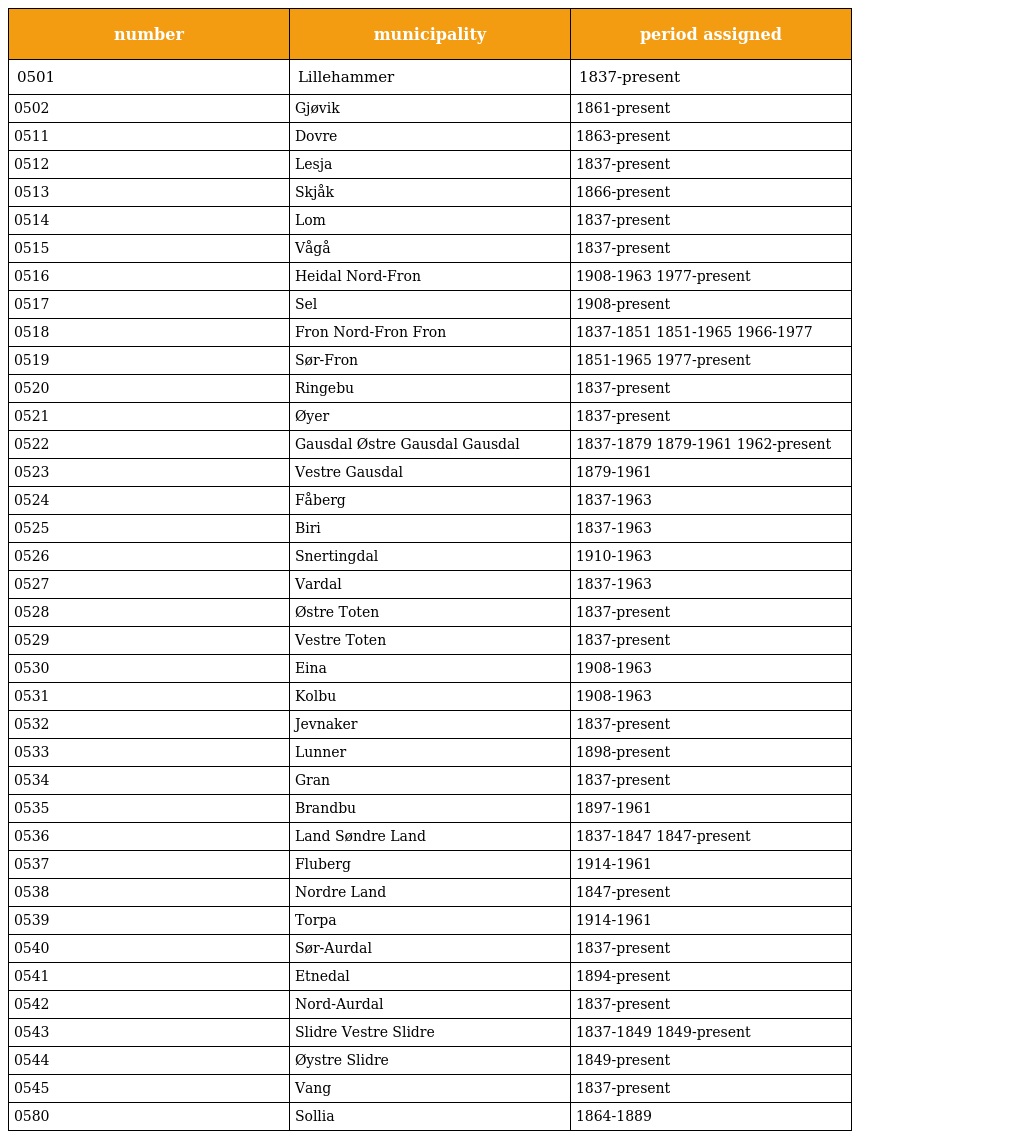
| number | municipality | period assigned |
 | --- | --- | --- |
 | 0501 | Lillehammer | 1837-present |
 | 0502 | Gjøvik | 1861-present |
 | 0511 | Dovre | 1863-present |
 | 0512 | Lesja | 1837-present |
 | 0513 | Skjåk | 1866-present |
 | 0514 | Lom | 1837-present |
 | 0515 | Vågå | 1837-present |
 | 0516 | Heidal Nord-Fron | 1908-1963 1977-present |
 | 0517 | Sel | 1908-present |
 | 0518 | Fron Nord-Fron Fron | 1837-1851 1851-1965 1966-1977 |
 | 0519 | Sør-Fron | 1851-1965 1977-present |
 | 0520 | Ringebu | 1837-present |
 | 0521 | Øyer | 1837-present |
 | 0522 | Gausdal Østre Gausdal Gausdal | 1837-1879 1879-1961 1962-present |
 | 0523 | Vestre Gausdal | 1879-1961 |
 | 0524 | Fåberg | 1837-1963 |
 | 0525 | Biri | 1837-1963 |
 | 0526 | Snertingdal | 1910-1963 |
 | 0527 | Vardal | 1837-1963 |
 | 0528 | Østre Toten | 1837-present |
 | 0529 | Vestre Toten | 1837-present |
 | 0530 | Eina | 1908-1963 |
 | 0531 | Kolbu | 1908-1963 |
 | 0532 | Jevnaker | 1837-present |
 | 0533 | Lunner | 1898-present |
 | 0534 | Gran | 1837-present |
 | 0535 | Brandbu | 1897-1961 |
 | 0536 | Land Søndre Land | 1837-1847 1847-present |
 | 0537 | Fluberg | 1914-1961 |
 | 0538 | Nordre Land | 1847-present |
 | 0539 | Torpa | 1914-1961 |
 | 0540 | Sør-Aurdal | 1837-present |
 | 0541 | Etnedal | 1894-present |
 | 0542 | Nord-Aurdal | 1837-present |
 | 0543 | Slidre Vestre Slidre | 1837-1849 1849-present |
 | 0544 | Øystre Slidre | 1849-present |
 | 0545 | Vang | 1837-present |
 | 0580 | Sollia | 1864-1889 |